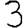
Digit: 3